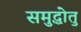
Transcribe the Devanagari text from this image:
समुद्धोतु